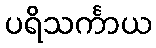
ပရိသင်္ကာယ